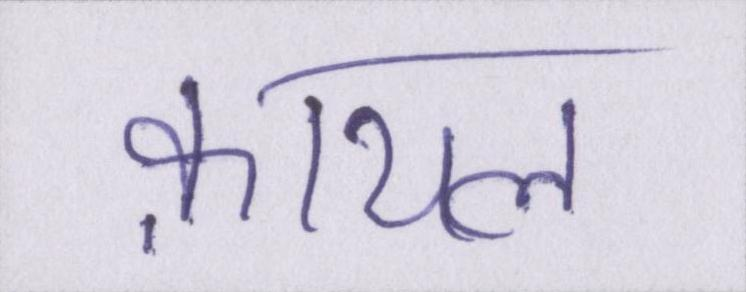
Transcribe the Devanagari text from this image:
क़ायल